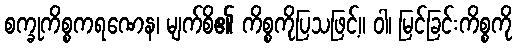
စက္ခုကိစ္စကရဏေန၊ မျက်စိ၏ ကိစ္စကိုပြသဖြင့်။ ဝါ၊ မြင်ခြင်းကိစ္စကို